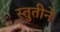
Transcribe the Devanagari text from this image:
स्तुतीने